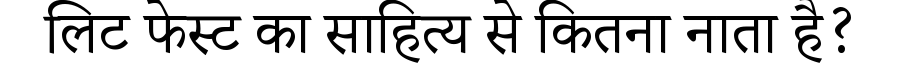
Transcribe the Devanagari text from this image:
लिट फेस्ट का साहित्य से कितना नाता है?